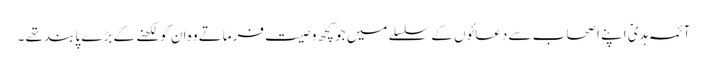
آئمہ ہدیؑ اپنے اصحاب سے دعائوں کے سلسلے میں جو کچھ و صیت فرماتے وہ ان کو لکھنے کے بڑے پابند تھے ۔